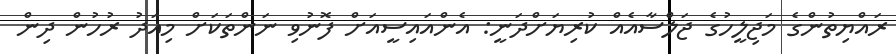
ރައްޔިތުންގެ މަޖިލީހުގެ ޖަލްސާއެއް ކުރިޔަށްދަނީ: އެންއައިސީއަށް ފޮނުވި ނަންތަކަށް މިއަދު ރުހުން ދިން